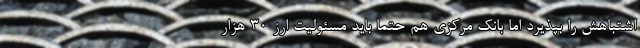
اشتباهش را بپذیرد اما بانک مرکزی هم حتما باید مسئولیت ارز 30 هزار